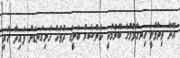
އޭނާ ވިދާޅުވީ ހިނގާލުމުގެ ބޭނުމަކީ ކެންސަރު ބަލީގެ ދުވަހު ހަށިގަނޑަށް ފައިދާ ހުރި